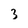
Character: 3